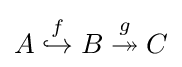
A\;{\overset {f}{\hookrightarrow }}\;B\;{\overset {g}{\twoheadrightarrow }}\;C